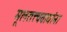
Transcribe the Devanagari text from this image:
मूलतत्त्ववाद्यांना